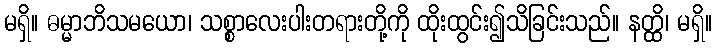
မရှိ။ ဓမ္မာဘိသမယော၊ သစ္စာလေးပါးတရားတို့ကို ထိုးထွင်း၍သိခြင်းသည်။ နတ္ထိ၊ မရှိ။